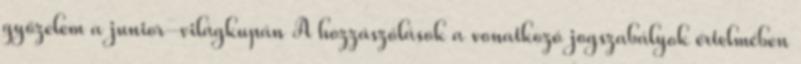
győzelem a junior-világkupán A hozzászólások a vonatkozó jogszabályok értelmében